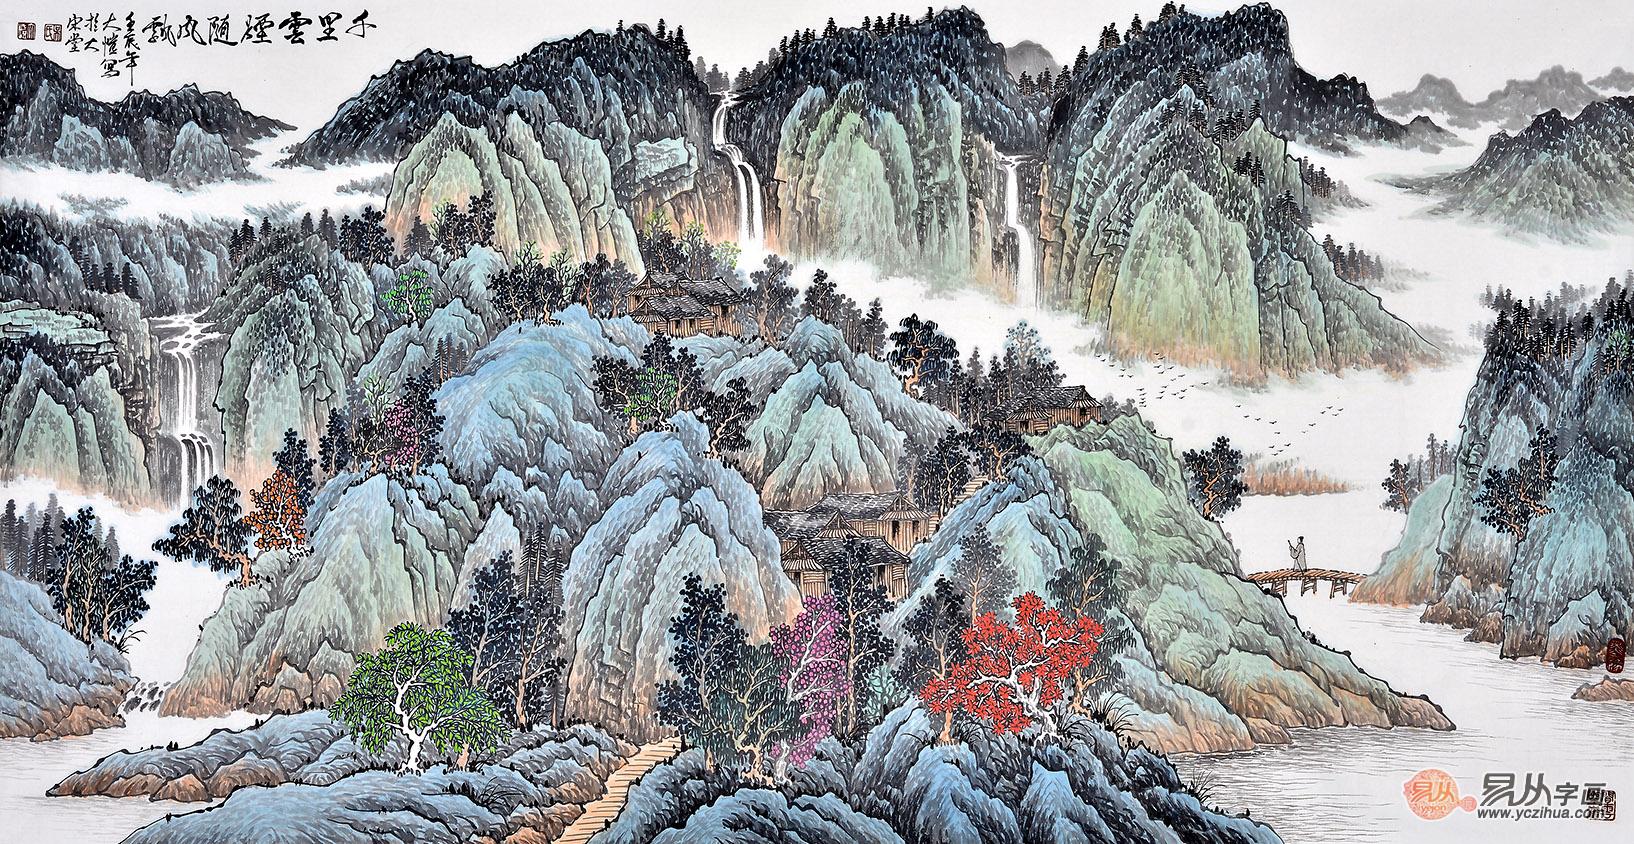
纷披乍依迥，掣曳或随风。